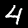
Label: 4